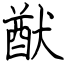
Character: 猷